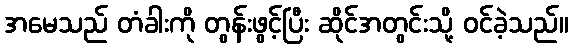
အမေသည် တံခါးကို တွန်းဖွင့်ပြီး ဆိုင်အတွင်းသို့ ဝင်ခဲ့သည်။